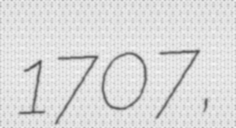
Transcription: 1707,